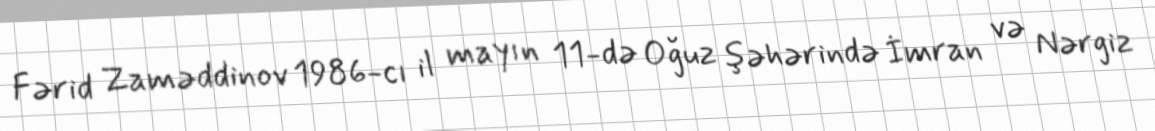
Fərid Zaməddinov 1986-cı il mayın 11-də Oğuz şəhərində İmran və Nərgiz